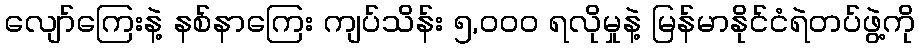
လျော်ကြေးနဲ့ နစ်နာကြေး ကျပ်သိန်း ၅,၀၀၀ ရလိုမှုနဲ့ မြန်မာနိုင်ငံရဲတပ်ဖွဲ့ကို